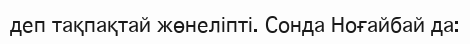
деп тақпақтай жөнеліпті. Сонда Ноғайбай да: